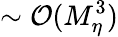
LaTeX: \sim\mathcal{O}(M_{\eta}^{3})